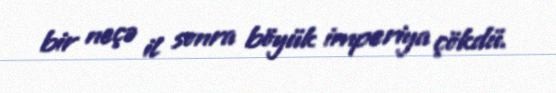
bir neçə il sonra böyük imperiya çökdü.